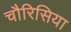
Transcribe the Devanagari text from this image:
चौरिसिया